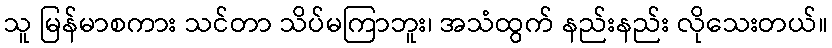
သူ မြန်မာစကား သင်တာ သိပ်မကြာဘူး၊ အသံထွက် နည်းနည်း လိုသေးတယ်။